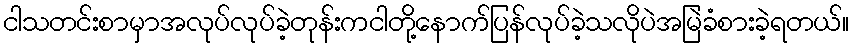
ငါသတင်းစာမှာအလုပ်လုပ်ခဲ့တုန်းကငါတို့နောက်ပြန်လုပ်ခဲ့သလိုပဲအမြဲခံစားခဲ့ရတယ်။